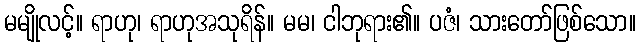
မမျိုလင့်။ ရာဟု၊ ရာဟုအသုရိန်။ မမ၊ ငါဘုရား၏။ ပဇံ၊ သားတော်ဖြစ်သော။